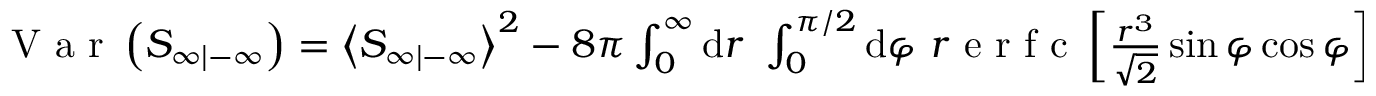
\begin{array} { r } { \mathrm { ~ V ~ a ~ r ~ } \left( S _ { \infty | - \infty } \right) = \left\langle S _ { \infty | - \infty } \right\rangle ^ { 2 } - 8 \pi \int _ { 0 } ^ { \infty } \mathrm { d } r \ \int _ { 0 } ^ { \pi / 2 } \mathrm { d } \varphi \ r \mathrm { ~ e ~ r ~ f ~ c ~ } \left[ \frac { r ^ { 3 } } { \sqrt { 2 } } \sin \varphi \cos \varphi \right] e ^ { - \frac { 1 } { 4 8 } r ^ { 6 } ( 5 + 3 \cos ( 4 \varphi ) ) - 2 \alpha r ^ { 2 } } = : S ( \alpha ) , } \end{array}